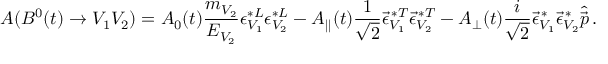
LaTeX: A ( B ^ { 0 } ( t ) \to V _ { 1 } V _ { 2 } ) = A _ { 0 } ( t ) \frac { m _ { V _ { 2 } } } { E _ { V _ { 2 } } } \epsilon _ { V _ { 1 } } ^ { * L } \epsilon _ { V _ { 2 } } ^ { * L } - A _ { | | } ( t ) \frac { 1 } { \sqrt { 2 } } \vec { \epsilon } _ { V _ { 1 } } ^ { \, * T } \vec { \epsilon } _ { V _ { 2 } } ^ { \, * T } - A _ { \bot } ( t ) \frac { i } { \sqrt { 2 } } \vec { \epsilon } _ { V _ { 1 } } ^ { \, * } \vec { \epsilon } _ { V _ { 2 } } ^ { \, * } \hat { \vec { p } } \, .